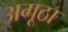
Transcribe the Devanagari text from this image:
अगूठा